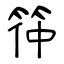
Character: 筗